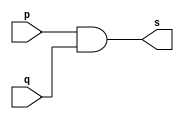
// ------------------------- 
// Exemplo0003 - AND 
// Nome: Rodrigo Arruda de Assis 

// ------------------------- 
// ------------------------- 
// -- and gate 
// ------------------------- 
	module andgate ( output s, 
	input p, 
	input q); 
	assign s = p & q; 
	endmodule // andgate 

// --------------------- 
// -- test and gate 
// --------------------- 
	module testandgate; 

// ------------------------- dados locais 
	reg a, b; // definir registradores 
	wire s; // definir conexao (fio) 
	
// ------------------------- instancia 
	andgate AND1 (s, a, b); 

// ------------------------- preparacao 
	initial begin:start 
// atribuicao simultanea 
// dos valores iniciais 
	a=0; b=0; 
end 
// ------------------------- parte principal 
	initial begin 
	$display("Exemplo0003 - Rodrigo Arruda de Assis - 427460"); 
	$display("Test AND gate"); 
	$display("\na & b = s\n"); 
		a=0; b=0; 
	#1 $display("%b & %b = %b", a, b, s); 
		a=0; b=1; 
	#1 $display("%b & %b = %b", a, b, s); 
		a=1; b=0; 
	#1 $display("%b & %b = %b", a, b, s); 
a=1; b=1; 
#1 $display("%b & %b = %b", a, b, s); 
end 
endmodule // testandgate